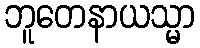
ဘူတေနာယသ္မာ